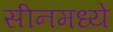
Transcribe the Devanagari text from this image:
सीनमध्ये